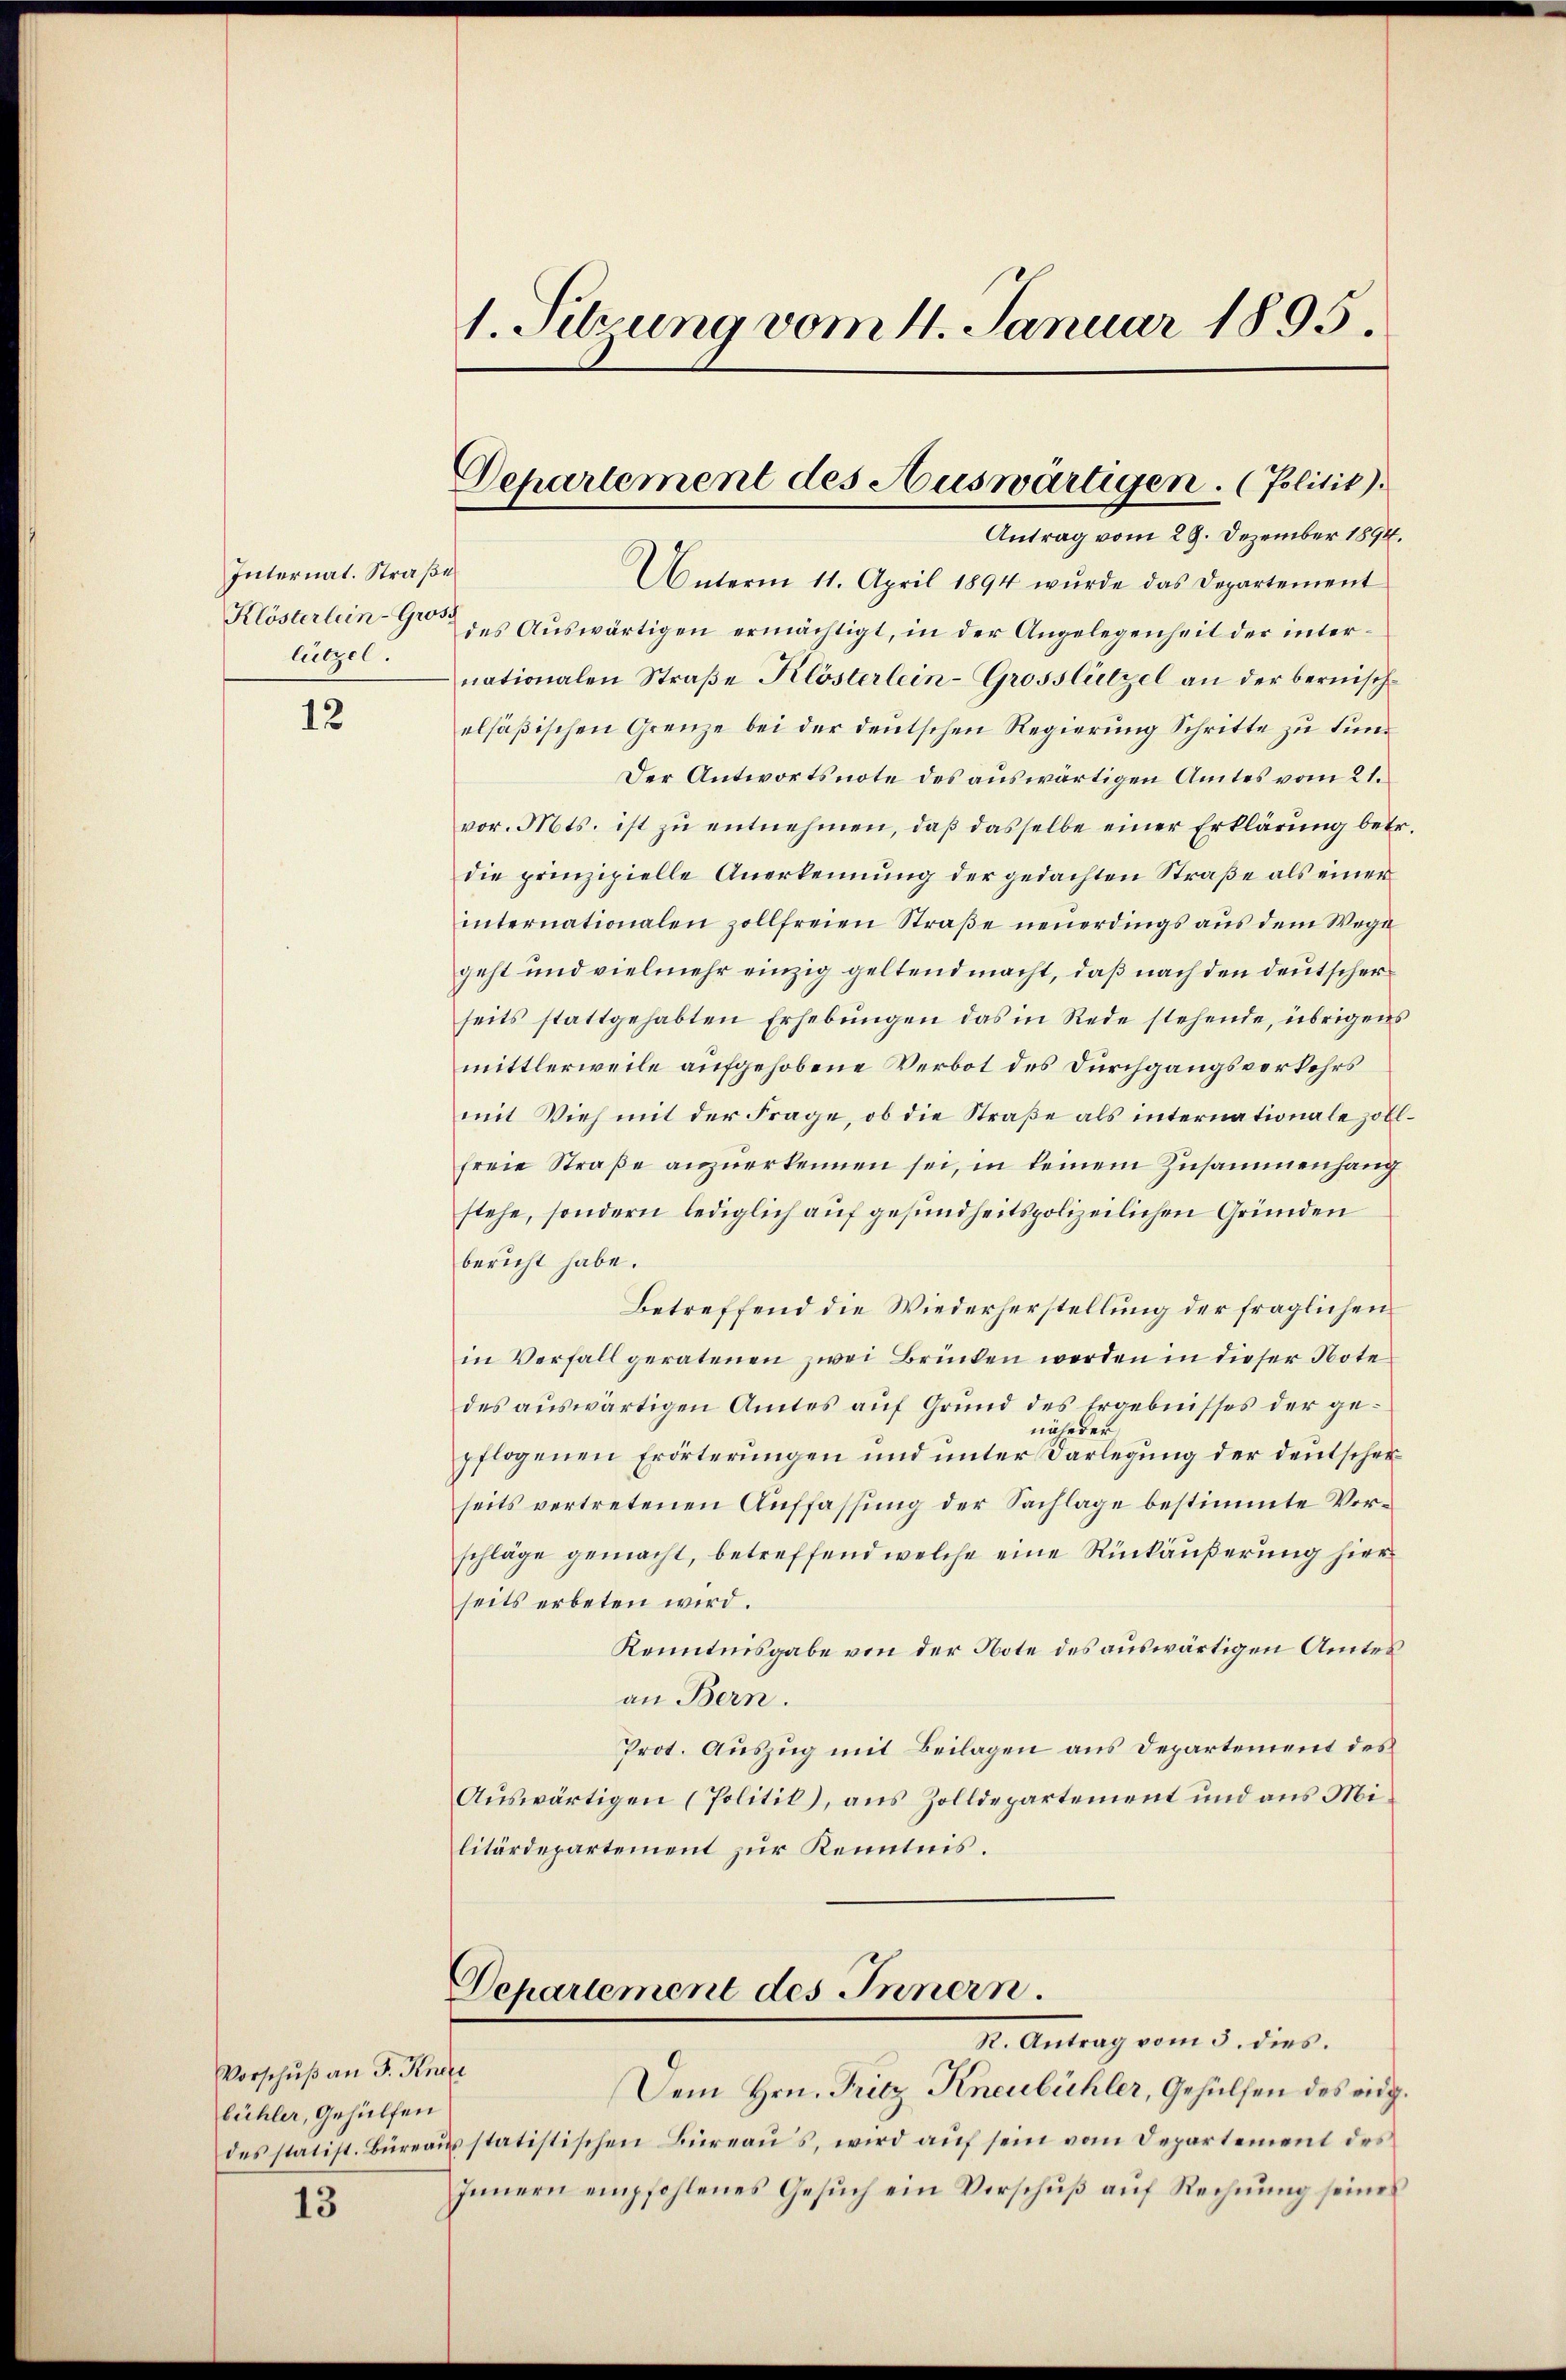
Internal. Straße
lützel.

12

Vorschuß an F. Knei
bühler, Gehülfen

13

1. Sitzung vom 4. Januar 1895.

Unterm 11. April 1894 wurde das Departement
Klösterlein-Gro des Aŭswärtigen ermächtigt, in der Angelegenheit der inter-
nationalen Straβe Klösterlein-Grosslützel an der bernisch-
elsäßischen Grenze bei der deutschen Regierung Schritte zu tun¬
Der Antwortsnote des auswärtigen Amtes vom 21.
vor. Mts. ist zu entnehmen, daß dasselbe einer Erklärung betr.
die prinzipielle Anerkennung der gedachten Straße als einer
internationalen zollfreien Straβe neuerdings aus dem Wege
geht und vielmehr einzig geltendmacht, daß nach den deutscherseits stattgehabten Erhebungen das in Rede stehende, übrigens
mittlerweile aufgehobene Verbot des Durchgangsverkehrs
mit Vieh mit der Frage, ob die Straße als internationale zollfreie Straße anzuerkennen sei, in keinem Zusammenhang
stehe, sondern lediglich auf gesundheitspolizeilichen Gründen
bericht habe.
Betreffend die Wiederherstellung der fraglichen
in Verfall geratenen zwei Brücken werden in dieser Note
des auswärtigen Amtes auf Grund des Ergebnisses der genäherer
pflogenen Erörterungen und unter Darlegung der deutscherseits vertretenen Auffassung der Sachlage bestimmte Vorschläge gemacht, betreffend welche eine Rückäußerung hierseits erbeten wird.
Kenntnisgabe von der Note des auswärtigen Amtes
an Bern.
Prot. Auszug mit Beilagen aus Departement des
Aŭswärtigen (Politil), aus Zolldepartement und ans Mi-
litärdepartement zur Kenntnis.
Departement des Innern.
R. Antrag vom 3. dies.
Dem Hrn. Fritz Kneubühler, Gehülfen des eidg.
des statist. Büreausstatistischen Büreaus, wird auf sein vom Departement des
Innern empfohlenes Gesuch ein Verschuß auf Rechnung seines

Departement des Auswärtigen. (Politit).
Antrag vom 29. Dezember 1894.